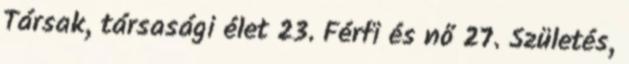
Társak, társasági élet 23. Férfi és nő 27. Születés,